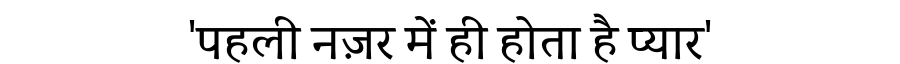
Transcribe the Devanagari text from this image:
'पहली नज़र में ही होता है प्यार'